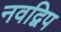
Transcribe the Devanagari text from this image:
नवद्विप